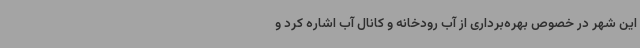
این شهر در خصوص بهره‌برداری از آب رودخانه و کانال آب اشاره کرد و